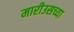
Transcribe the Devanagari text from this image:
मारीउसच्या